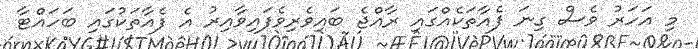
މި އަހަރު ވެސް ގިނަ ފެއާތަކެއްގައި ރާއްޖެ ބައިވެރިވެފައިވާއިރު އެ ފެއާތަކުގައި ބަހައްޓާ